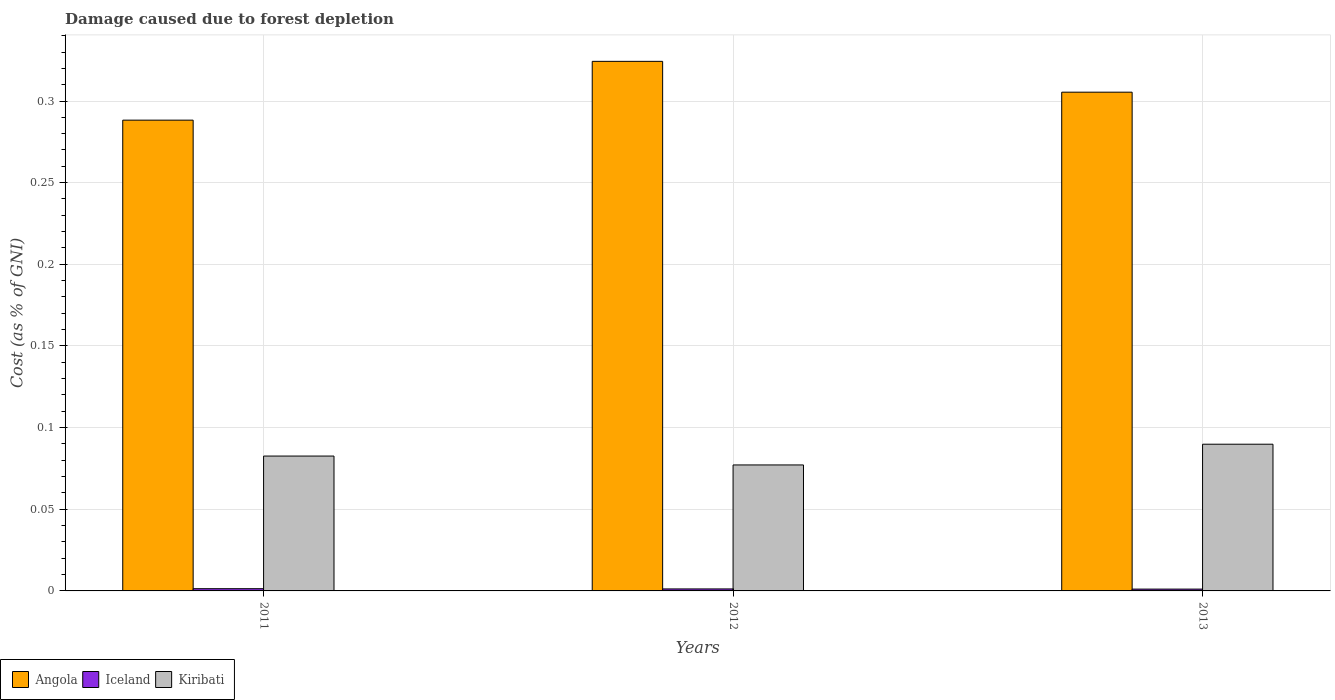
| Years | Angola | Iceland | Kiribati |
 | --- | --- | --- | --- |
 | 2011 | 0.288 | 0.00136 | 0.0826 |
 | 2012 | 0.324 | 0.00122 | 0.0771 |
 | 2013 | 0.305 | 0.00112 | 0.0898 |